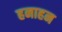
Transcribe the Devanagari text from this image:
हनाहन